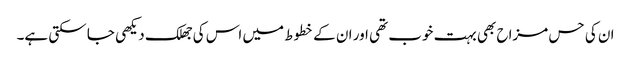
ان کی حس مزاح بھی بہت خوب تھی اور ان کے خطوط میں اس کی جھلک دیکھی جا سکتی ہے۔